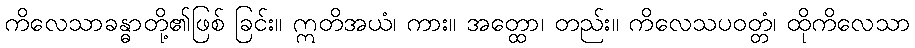
ကိလေသာခန္ဓာတို့၏ဖြစ် ခြင်း။ ဣတိအယံ၊ ကား။ အတ္ထော၊ တည်း။ ကိလေသပဝတ္တံ၊ ထိုကိလေသာ